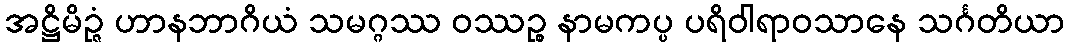
အဋ္ဌိမိဉ္ဇံ ဟာနဘာဂိယံ သမဂ္ဂဿ ဝဿဉ္စ နာမကပ္ပ ပရိဝါရာဝသာနေ သင်္ဂတိယာ